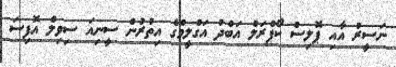
ނަސީރު އާއި ޕޮލިސް ކޯޕްރަލް އަބްދު އަގްލީމްގެ އިތުރުން ސީނިއަ ސިވިލް އޮފިސަ